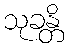
သုခန္တိ